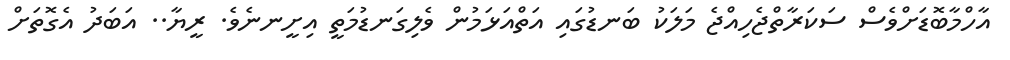
އާހްމާބޮޑަށްވެސް ސަކަރާތްޖެހިއްޖެ މަލަކު ބަނޑުގައި އަތްއަޅަމުން ވެލިގަނޑުމަތީ އިށީނނެވެ. ރީޔާ.. އަބަދު އެގޮތަށް